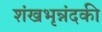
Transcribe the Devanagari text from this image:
शंखभृन्नंदकी